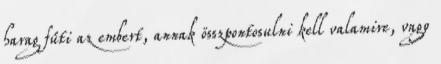
harag fűti az embert, annak összpontosulni kell valamire, vagy